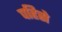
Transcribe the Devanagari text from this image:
पहिसे